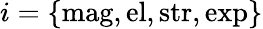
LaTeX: i=\{ \mathrm{mag},\mathrm{el},\mathrm{str},\mathrm{exp}\}